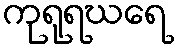
ကုရုရဃရေ